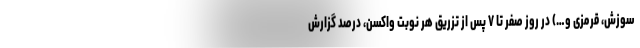
سوزش، قرمزی و…) در روز صفر تا ۷ پس از تزریق هر نوبت واکسن، درصد گزارش